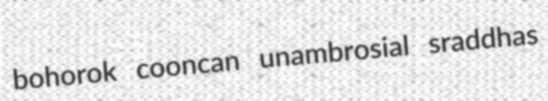
bohorok cooncan unambrosial sraddhas